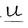
Character: U